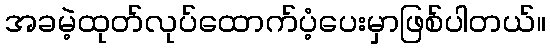
အခမဲ့ထုတ်လုပ်ထောက်ပံ့ပေးမှာဖြစ်ပါတယ်။